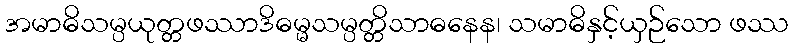
အမာဓိသမ္ပယုတ္တဖဿာဒိဓမ္မသမ္ပတ္တိသာဓနေန၊ သမာဓိနှင့်ယှဉ်သော ဖဿ